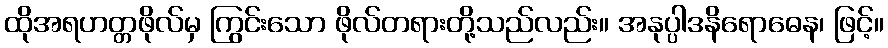
ထိုအရဟတ္တဖိုလ်မှ ကြွင်းသော ဖိုလ်တရားတို့သည်လည်း။ အနုပ္ပါဒနိရောဓေန၊ ဖြင့်။